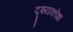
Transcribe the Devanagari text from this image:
दृश्यकोश